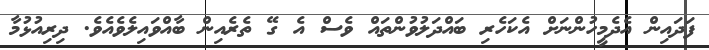
ފަދައިން އެދެމީހުންނަށް އެކަހެރި ބައްދަލުވުންތައް ވެސް އެ ގޭ ތެރެއިން ބާއްވައިލެވެއެވެ. ދިިރިއުޅުމާ